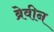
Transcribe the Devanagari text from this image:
ब्रेवीन